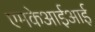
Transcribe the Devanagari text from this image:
एमकेआईआई